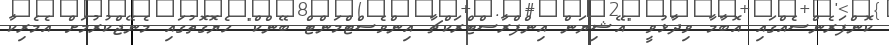
ކޮންފަރެންސެއްގައި އޮބާމާ ވިދާޅުވީ "އޭޝިޔަން އިންފްރާސްޓްރަކްޗާ އިންވެސްޓްމަންޓް ބޭންކް" ހެޔޮގޮތުގައި މެނޭޖްކުރުމަށް އެމެރިކާ